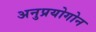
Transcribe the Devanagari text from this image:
अनुप्रयोगोन